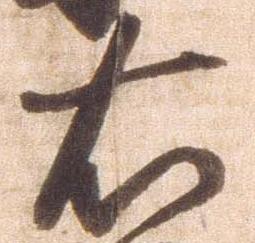
右